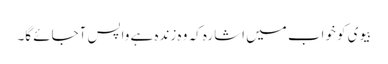
بیوی کو خواب میں اشارہ کہ وہ زندہ ہے واپس آجائے گا۔